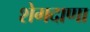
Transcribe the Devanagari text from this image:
शेगदाणा